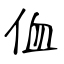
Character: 侐